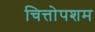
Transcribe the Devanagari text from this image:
चित्तोपशम